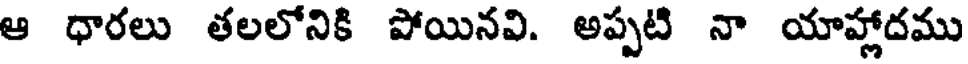
ఆ ధారలు తలలోనికి పోయినవి. అప్పటి నా యాహ్లాదము